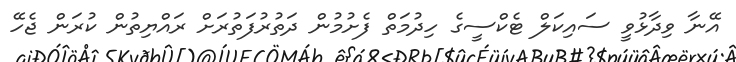
އޭނާ ވިދާޅުވީ ސައިކަލް ޓެކްސީގެ ހިދުމަތް ފެށުމުން ދަތުރުފަތުރަށް ރައްޔިތުން ކުރަން ޖެހޭ